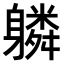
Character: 𨊌